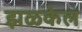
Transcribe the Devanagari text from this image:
झळकेल